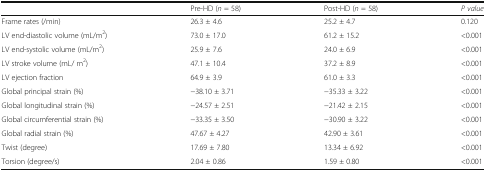
|  | Pre-HD (n = 58) | Post-HD (n = 58) | P value |
 | --- | --- | --- | --- |
 | Frame rates (/min) | 26.3 ± 4.6 | 25.2 ± 4.7 | 0.120 |
 | LV end-diastolic volume (mL/m2) | 73.0 ± 17.0 | 61.2 ± 15.2 | <0.001 |
 | LV end-systolic volume (mL/m2) | 25.9 ± 7.6 | 24.0 ± 6.9 | <0.001 |
 | LV stroke volume (mL/ m2) | 47.1 ± 10.4 | 37.2 ± 8.9 | <0.001 |
 | LV ejection fraction | 64.9 ± 3.9 | 61.0 ± 3.3 | <0.001 |
 | Global principal strain (%) | −38.10 ± 3.71 | −35.33 ± 3.22 | <0.001 |
 | Global longitudinal strain (%) | −24.57 ± 2.51 | −21.42 ± 2.15 | <0.001 |
 | Global circumferential strain (%) | −33.35 ± 3.50 | −30.90 ± 3.22 | <0.001 |
 | Global radial strain (%) | 47.67 ± 4.27 | 42.90 ± 3.61 | <0.001 |
 | Twist (degree) | 17.69 ± 7.80 | 13.34 ± 6.92 | <0.001 |
 | Torsion (degree/s) | 2.04 ± 0.86 | 1.59 ± 0.80 | <0.001 |